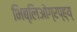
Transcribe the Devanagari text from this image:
भिब्लिओग्रप्ह्य्